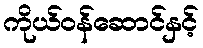
ကိုယ်ဝန်ဆောင်နှင့်